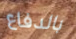
بالدفاع